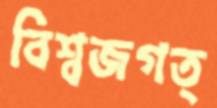
বিশ্বজগত্